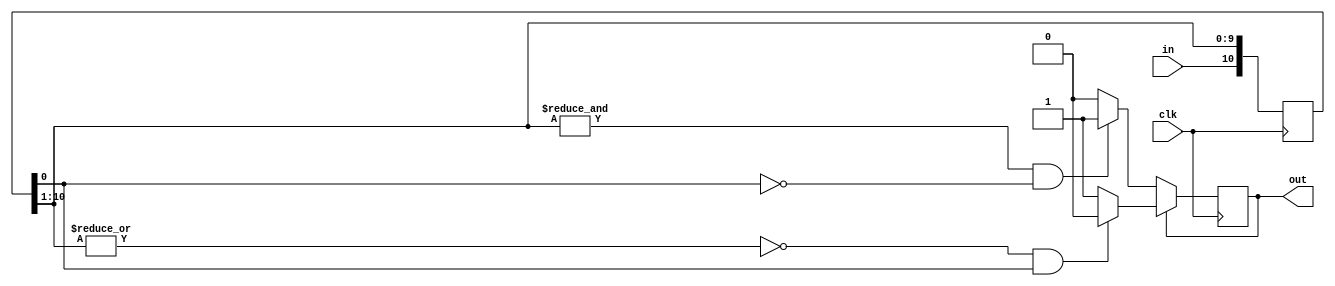
// 11 bit debouncing
module debounce(clk, in, out);
    input clk;
    input in;
    output reg out;
    
    reg [10:0] deb;
    
    initial begin
        out = 1'b0;
        deb = 11'b0;
    end
    
    // code originally written by me, input to chatGPT to improve it (which recommended to use nonblocking assignment and simplified syntax in the if statements)
    // https://chatgpt.com/share/0f2b1f74-a444-434d-8c46-18f8e80f8095
    always @(posedge clk) begin      
        deb[10:0] <= {in, deb[10:1]};
    end
    
    always @(posedge clk) begin
        if (out == 1'b0) begin
            if (&deb[10:1] && ~deb[0])
                out <= 1'b1;
        end else begin
            if (~|deb[10:1] && deb[0])
                out <= 1'b0;
        end
    end

endmodule